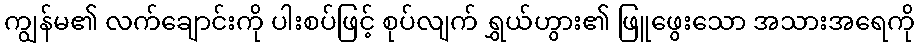
ကျွန်မ၏ လက်ချောင်းကို ပါးစပ်ဖြင့် စုပ်လျက် ရွှယ်ဟွား၏ ဖြူဖွေးသော အသားအရေကို